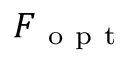
F _ { \mathrm { ~ o ~ p ~ t ~ } }